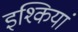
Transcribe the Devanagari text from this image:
इश्कियां